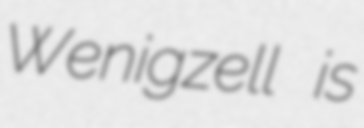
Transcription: Wenigzell is